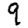
Digit: 9